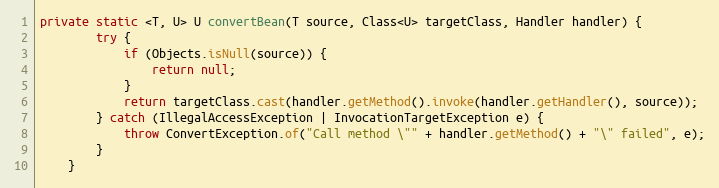
Language: Java
private static <T, U> U convertBean(T source, Class<U> targetClass, Handler handler) {
        try {
            if (Objects.isNull(source)) {
                return null;
            }
            return targetClass.cast(handler.getMethod().invoke(handler.getHandler(), source));
        } catch (IllegalAccessException | InvocationTargetException e) {
            throw ConvertException.of("Call method \"" + handler.getMethod() + "\" failed", e);
        }
    }